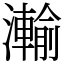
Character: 瀭